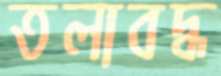
তলাবদ্ধ